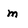
Character: m